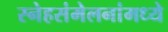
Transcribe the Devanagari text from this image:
स्नेहसंमेलनांमध्ये